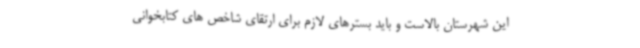
این شهرستان بالاست و باید بسترهای لازم برای ارتقای شاخص های کتابخوانی